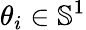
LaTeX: \theta_{i}\in\mathbb{S}^{1}